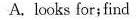
A. looks for; find